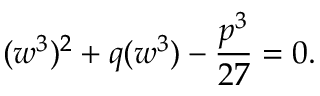
( w ^ { 3 } ) ^ { 2 } + q ( w ^ { 3 } ) - { \frac { p ^ { 3 } } { 2 7 } } = 0 .